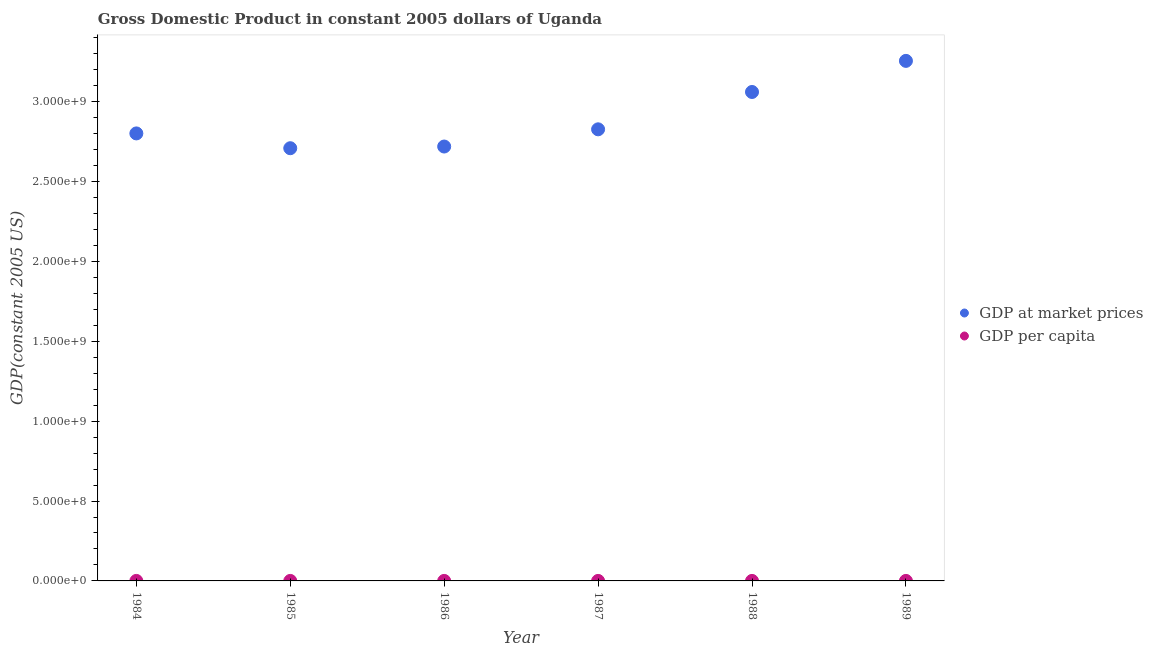
| Year | GDP at market prices | GDP per capita |
 | --- | --- | --- |
 | 1984 | 2.8e+09 | 198 |
 | 1985 | 2.71e+09 | 185 |
 | 1986 | 2.72e+09 | 180 |
 | 1987 | 2.83e+09 | 180 |
 | 1988 | 3.06e+09 | 189 |
 | 1989 | 3.25e+09 | 194 |